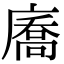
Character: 㢗